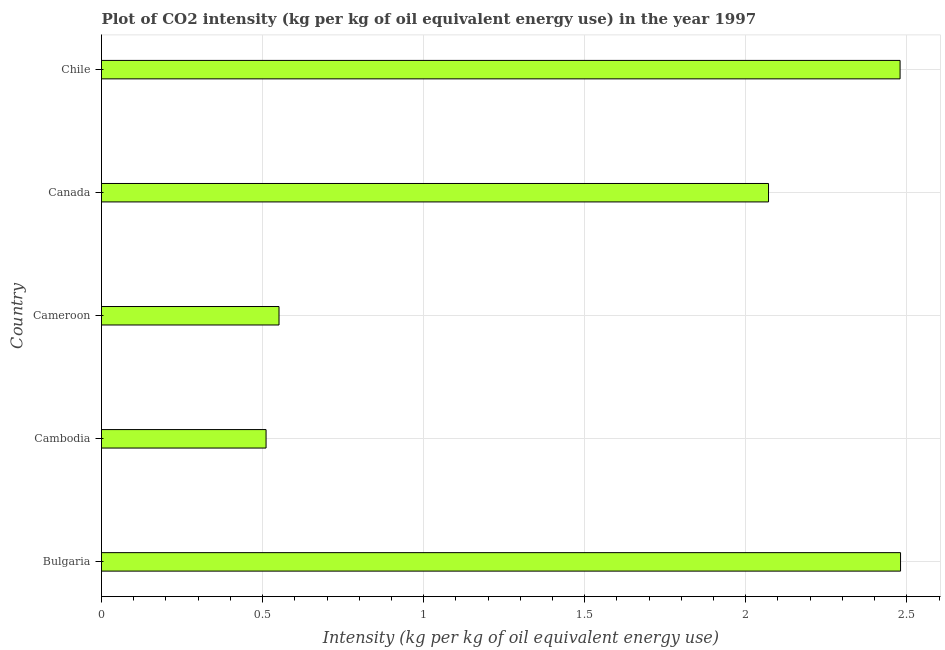
| Country | CO2 intensity |
 | --- | --- |
 | Bulgaria | 2.48 |
 | Cambodia | 0.511 |
 | Cameroon | 0.551 |
 | Canada | 2.07 |
 | Chile | 2.48 |